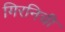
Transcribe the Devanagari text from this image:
गिरनिची